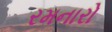
રમનારો